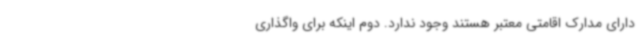
دارای مدارک اقامتی معتبر هستند وجود ندارد. دوم اینکه برای واگذاری